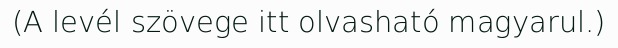
(A levél szövege itt olvasható magyarul.)